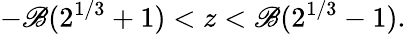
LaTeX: -\mathscr{B}(2^{1/3}+1)<z<\mathscr{B}(2^{1/3}-1).